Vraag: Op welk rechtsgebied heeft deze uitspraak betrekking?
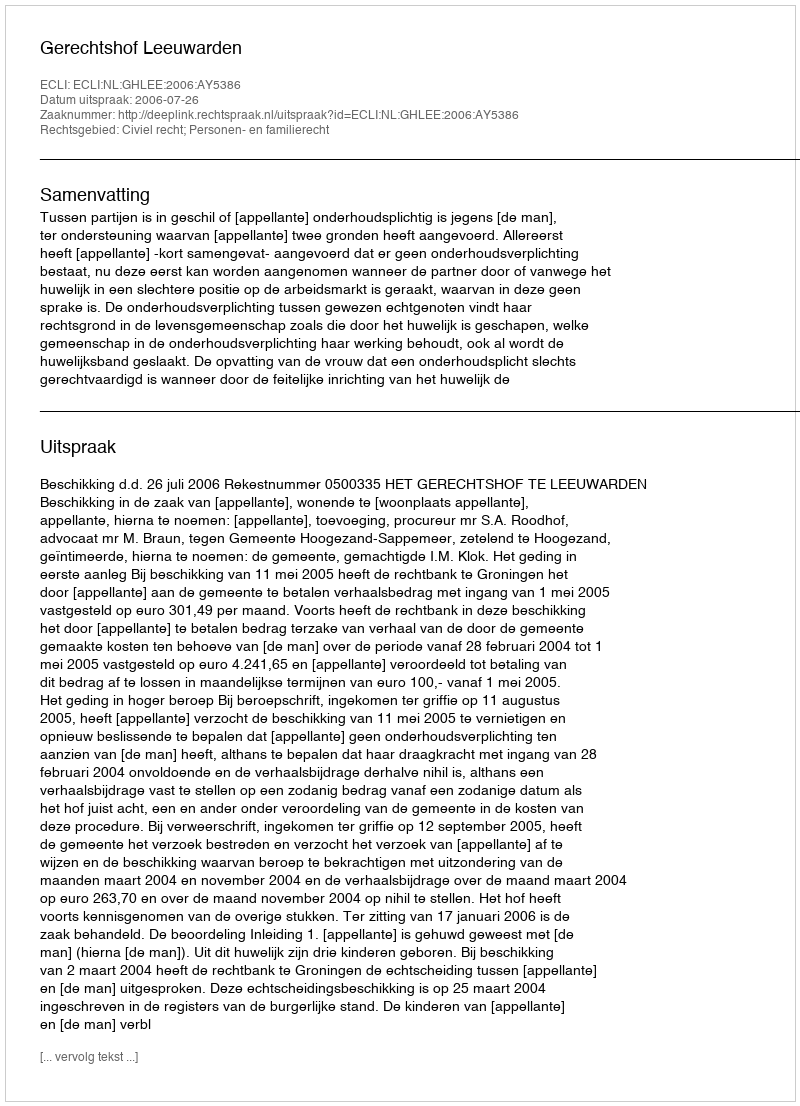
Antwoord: Civiel recht; Personen- en familierecht